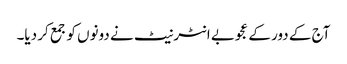
آج کے دور کے عجوبے انٹرنیٹ نے دونوں کو جمع کر دیا۔